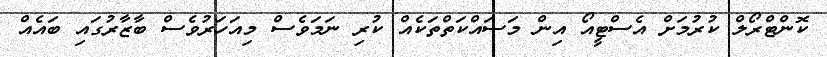
ކޮންޓްރޯލް ކުރުމަށް އެެސްޓީއޯ އިން މަސައްކަތްތަކެއް ކުރި ނަމަވެސް މިއަހަރުވެސް ބާޒާރުގައި ބައެއް